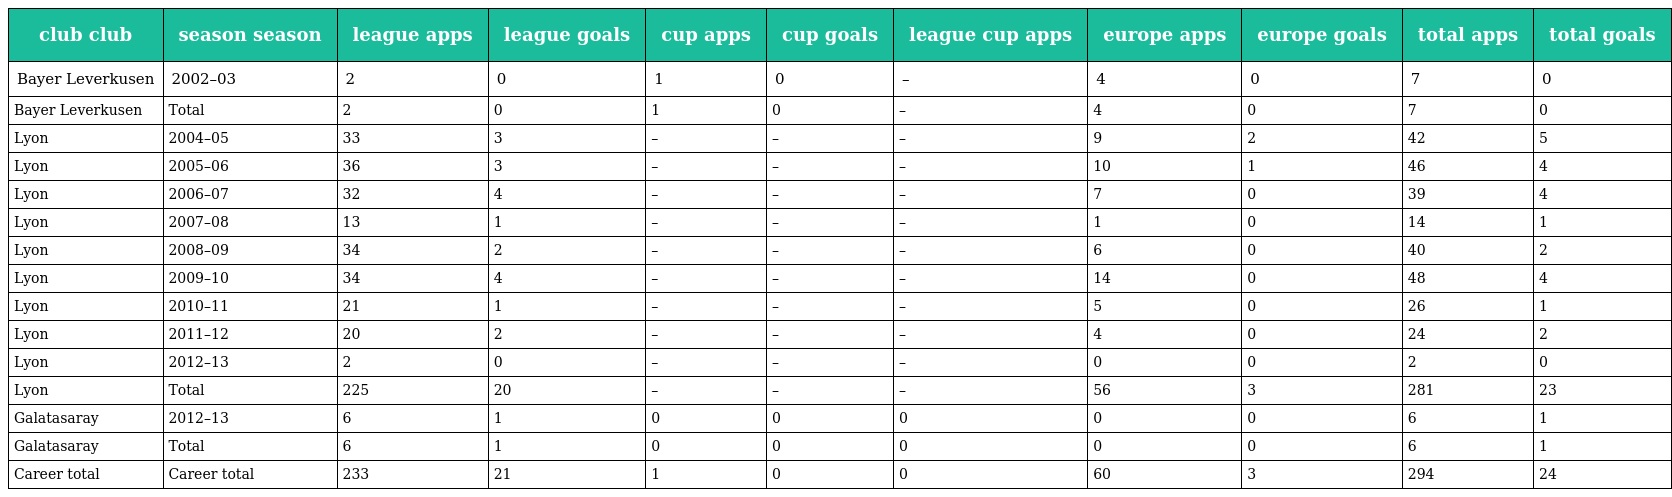
| club club | season season | league apps | league goals | cup apps | cup goals | league cup apps | europe apps | europe goals | total apps | total goals |
 | --- | --- | --- | --- | --- | --- | --- | --- | --- | --- | --- |
 | Bayer Leverkusen | 2002–03 | 2 | 0 | 1 | 0 | – | 4 | 0 | 7 | 0 |
 | Bayer Leverkusen | Total | 2 | 0 | 1 | 0 | – | 4 | 0 | 7 | 0 |
 | Lyon | 2004–05 | 33 | 3 | – | – | – | 9 | 2 | 42 | 5 |
 | Lyon | 2005–06 | 36 | 3 | – | – | – | 10 | 1 | 46 | 4 |
 | Lyon | 2006–07 | 32 | 4 | – | – | – | 7 | 0 | 39 | 4 |
 | Lyon | 2007–08 | 13 | 1 | – | – | – | 1 | 0 | 14 | 1 |
 | Lyon | 2008–09 | 34 | 2 | – | – | – | 6 | 0 | 40 | 2 |
 | Lyon | 2009–10 | 34 | 4 | – | – | – | 14 | 0 | 48 | 4 |
 | Lyon | 2010–11 | 21 | 1 | – | – | – | 5 | 0 | 26 | 1 |
 | Lyon | 2011–12 | 20 | 2 | – | – | – | 4 | 0 | 24 | 2 |
 | Lyon | 2012–13 | 2 | 0 | – | – | – | 0 | 0 | 2 | 0 |
 | Lyon | Total | 225 | 20 | – | – | – | 56 | 3 | 281 | 23 |
 | Galatasaray | 2012–13 | 6 | 1 | 0 | 0 | 0 | 0 | 0 | 6 | 1 |
 | Galatasaray | Total | 6 | 1 | 0 | 0 | 0 | 0 | 0 | 6 | 1 |
 | Career total | Career total | 233 | 21 | 1 | 0 | 0 | 60 | 3 | 294 | 24 |